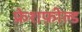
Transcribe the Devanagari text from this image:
फ्रेशफ़ील्ड